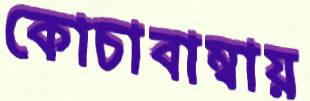
কোচাবাম্বায়